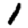
Digit: 1